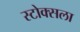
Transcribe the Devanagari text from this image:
स्टोक्सला